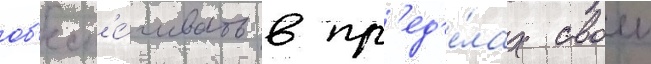
об'есп'е́чивать в пр'ед'е́лах своеи